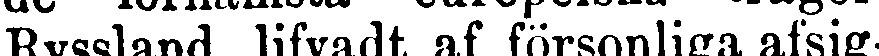
Ryssland, lifvadt af försonliga afsig-